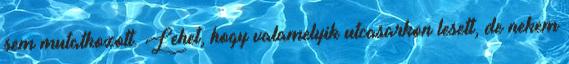
sem mutatkozott. Lehet, hogy valamelyik utcasarkon lesett, de nekem